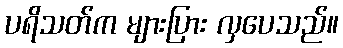
ပရိသတ်က များပြား လှပေသည်။